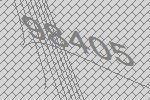
98405